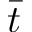
\bar { t }